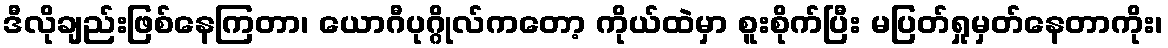
ဒီလိုချည်းဖြစ်နေကြတာ၊ ယောဂီပုဂ္ဂိုလ်ကတော့ ကိုယ်ထဲမှာ စူးစိုက်ပြီး မပြတ်ရှုမှတ်နေတာကိုး၊